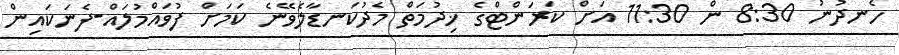
ހެނދުނު 8:30 ން 11:30 އަށް ކަރަންޓްގެ ޚިދުމަތް މެދުކަނޑާލެވޭނެ ކަމަށް ފުވައްމުލައް-ފެނަކައިން